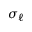
\sigma _ { \ell }